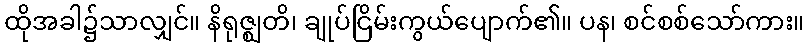
ထိုအခါ၌သာလျှင်။ နိရုဇ္ဈတိ၊ ချုပ်ငြိမ်းကွယ်ပျောက်၏။ ပန၊ စင်စစ်သော်ကား။